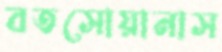
বতসোয়ানাস